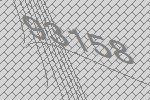
93158